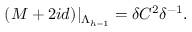
( { \cal M } + 2 i d ) | _ { \Lambda _ { h - 1 } } = \delta { \cal C } ^ { 2 } \delta ^ { - 1 } .